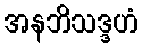
အနဘိသဒ္ဒဟံ